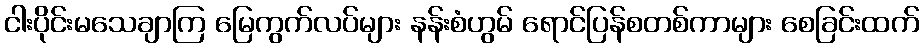
ငါးပိုင်းမသေချာကြ မြေကွက်လပ်များ နန်းစံဟွမ် ရောင်ပြန်စတစ်ကာများ စေခြင်းထက်